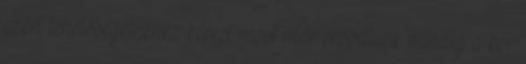
ezért lehetőségeinkhez képest most már próbálunk mindig a kor